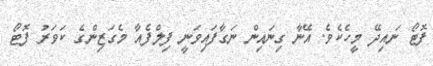
ފޮޓޯ ނައިދޭ މީހެކެވެ. އޭނާ ގިނައިން ނަގާފައިވަނީ ފިލްފެއާ މެގަޒިންގެ ކަވަރު ފޮޓޯ